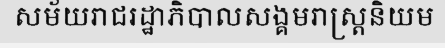
សម័យរាជរដ្ឋាភិបាលសង្គមរាស្ត្រនិយម